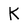
Character: K